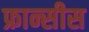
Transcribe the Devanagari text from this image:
फ्रान्सीस